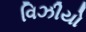
વિઝીયો